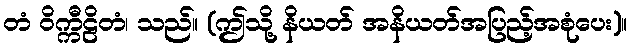
တံ ဝိက္ကီဠိတံ၊ သည်။ (ဤသို့ နိယတ် အနိယတ်အပြည့်အစုံပေး)။